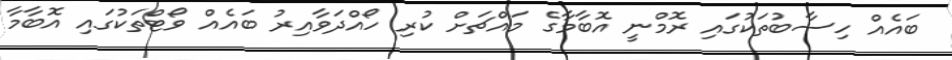
ބައެއް ހިސާބުތަކުގައި ރޮމްނީ އޮބާމާގެ މައްޗަށް ކުރި ހޯއްދަވާއިރު ބައެއް ވޯޓްތަކުގައި އޮބާމާ